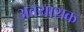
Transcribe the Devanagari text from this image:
अवयाशक